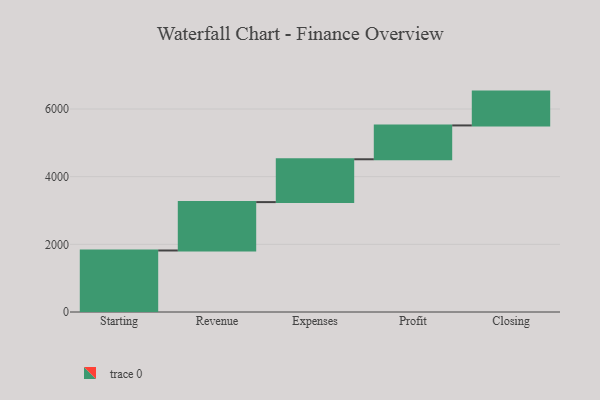
{"axis": {"x": "Step", "y": "Value"}, "legend": [""], "data": [{"x": "Starting", "y": 1818.0, "type": ""}, {"x": "Revenue", "y": 1430.0, "type": ""}, {"x": "Expenses", "y": 1266.0, "type": ""}, {"x": "Profit", "y": 1000, "type": ""}, {"x": "Closing", "y": 1000, "type": ""}]}